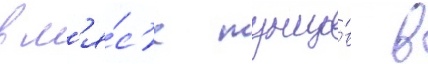
в м'я́с'е тунцо́в в